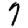
Digit: 7